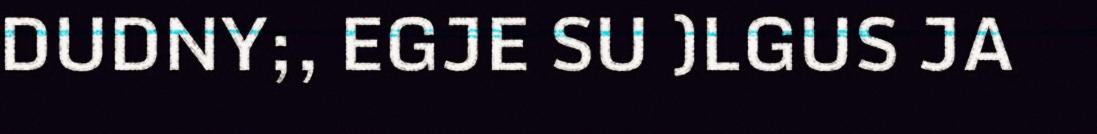
DUDNY;, EGJE SU )LGUS JA